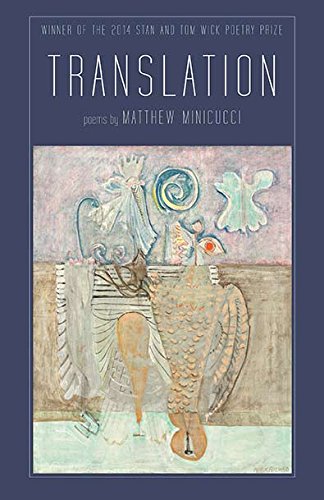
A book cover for Translation (Wick Poetry First Book) (Wick Poetry First Book Series); Matthew Minicucci; Reference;